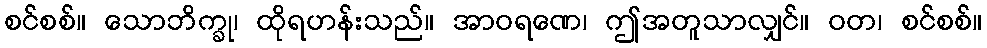
စင်စစ်။ သောဘိက္ခု၊ ထိုရဟန်းသည်။ အာဝရဏေ၊ ဤအတူသာလျှင်။ ဝတ၊ စင်စစ်။